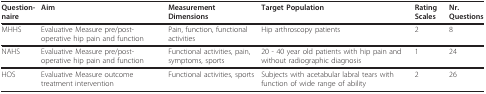
| Question-naire | Aim | Measurement Dimensions | Target Population | Rating Scales | Nr. Questions |
 | --- | --- | --- | --- | --- | --- |
 | MHHS | Evaluative Measure pre/post-operative hip pain and function | Pain, function, functional activities | Hip arthroscopy patients | 2 | 8 |
 | NAHS | Evaluative Measure pre/post-operative hip pain and function | Functional activities, pain, symptoms, sports | 20 - 40 year old patients with hip pain and without radiographic diagnosis | 1 | 24 |
 | HOS | Evaluative Measure outcome treatment intervention | Functional activities, sports | Subjects with acetabular labral tears with function of wide range of ability | 2 | 26 |